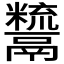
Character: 𩱙